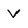
Character: v